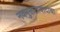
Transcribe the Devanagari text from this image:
नवमुक्ततावादाचा